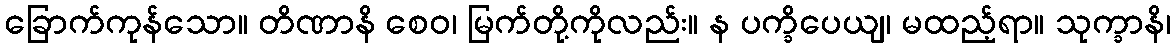
ခြောက်ကုန်သော။ တိဏာနိ စေဝ၊ မြက်တို့ကိုလည်း။ န ပက္ခိပေယျ၊ မထည့်ရာ။ သုက္ခာနိ၊